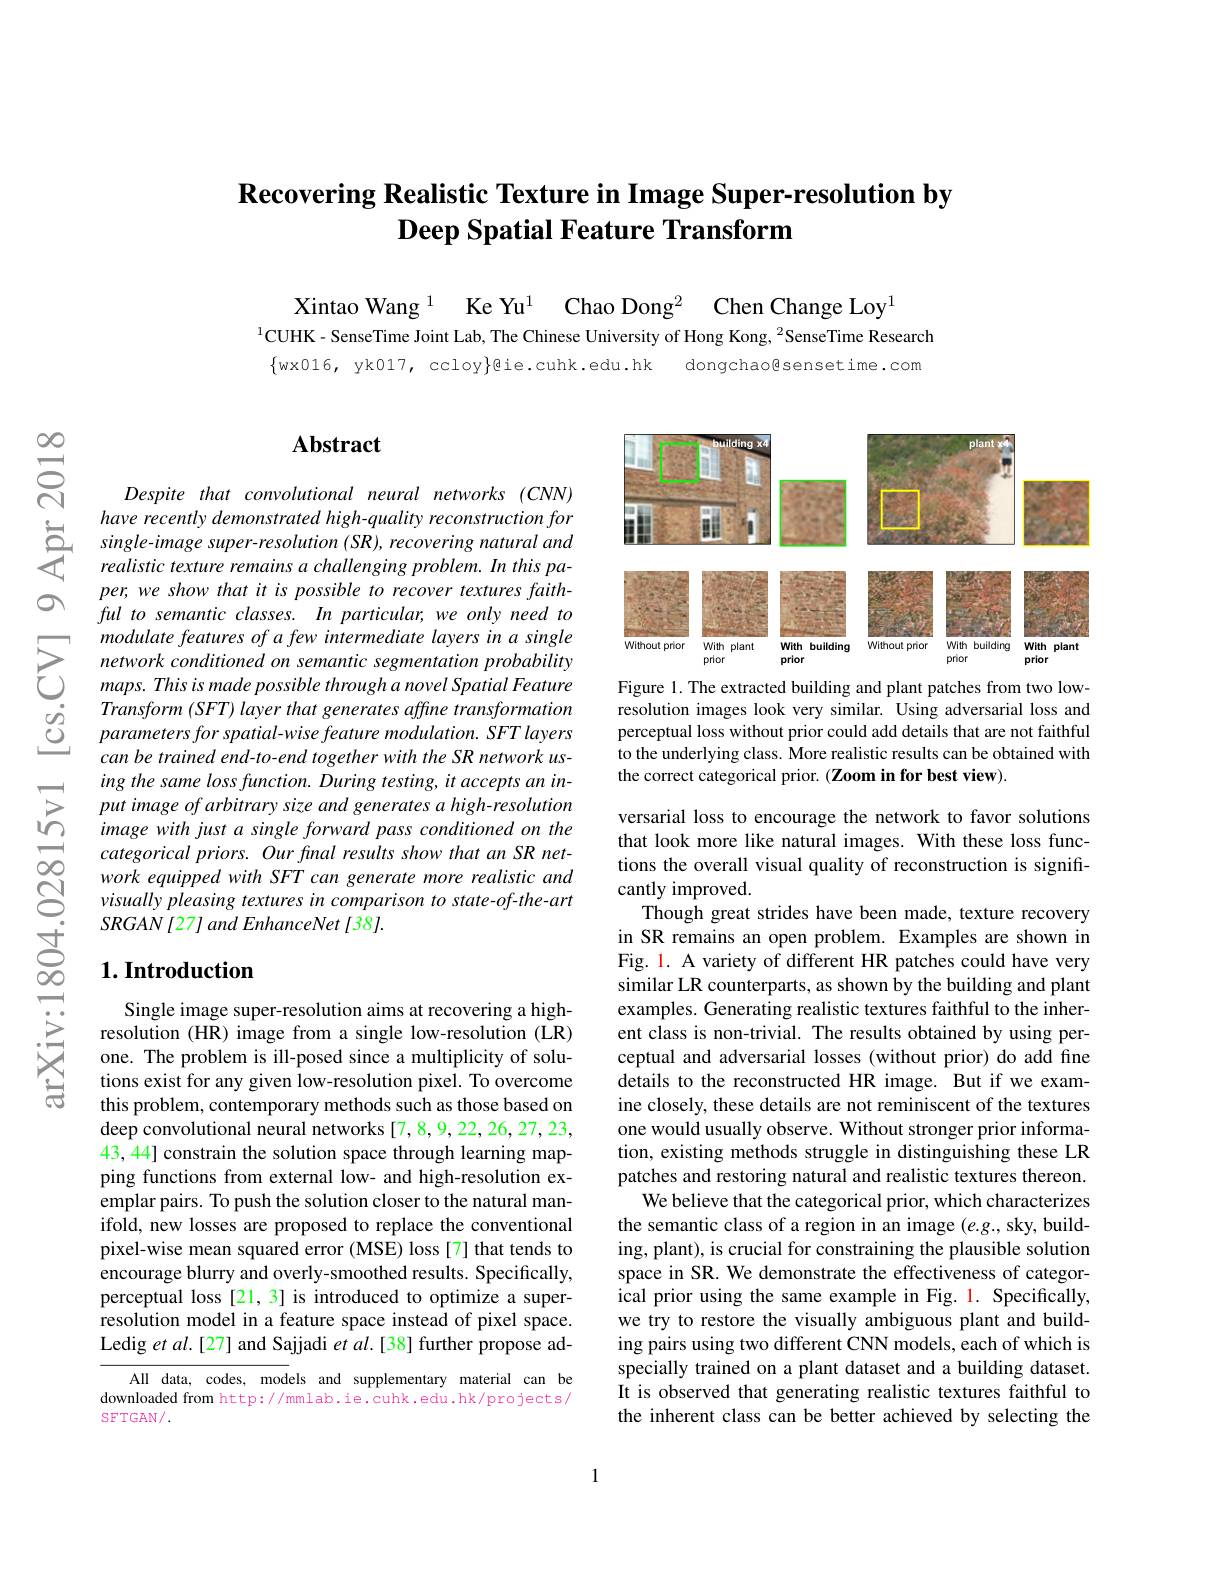
## $\textbf{Recovering Realistic Texture in Image Super- resolution by}$ $\textbf{Deep Spatial Feature Transform}$

Ke Yu$^{1}$ Chao Dong$^2$ Chen Change Loy$^{1}$
Xintao Wang 1
$^{1}\mathbf{CUHK}$- SenseTime Joint Lab, The Chinese University of Hong Kong, $^{2}$SenseTime Research
$\{$wx016, yk017, ccloy$\}$e.cuhk.edu.hk
dongchaogsensetime.com

$હ્રિં$

## $\mathbf{Abstract}$

Despite that convolutional neural networks (CNN) have recently demonstrated high-quality reconstruction for
$\sum_{realistic texture remains aper-resolution~(SR),~recovering~natural~and}\\=\sum_{realistic~texture~remains~a~challenging~problem.~In~this~pa-}$
per, we show that it is possible to recover textures faithful to semantic classes. In particular, we only need to modulate features of a few intermediate layers in a single network conditioned on semantic segmentation probability maps. This is made possible through a novel Spatial Feature Transform (SFT) layer that generates affine transformation parameters for spatial-wise feature modulation. SFT layers can be trained end-to-end together with the SR network using the same loss function. During testing, it accepts an input image of arbitrary size and generates a high-resolution image with just a single forward pass conditioned on the categorical priors. Our final results show that an SR network equipped with SFT can generate more realistic and visually pleasing textures in comparison to state-of-the-art $SRGAN[27]andEnhanceNet[38].$

# $1. \textbf{Introduction}$

Single image super-resolution aims at recovering a highresolution (HR) image from a single low-resolution (LR) one. The problem is ill-posed since a multiplicity of solutions exist for any given low-resolution pixel. To overcome this problem, contemporary methods such as those based on deep convolutional neural networks [7,8,9,22,26,27,23, 43, 44] constrain the solution space through learning mapping functions from external low- and high-resolution exemplar pairs. To push the solution closer to the natural manifold, new losses are proposed to replace the conventional pixel-wise mean squared error (MSE) loss[7] that tends to encourage blurry and overly-smoothed results. Specifically, perceptual loss [21,3] is introduced to optimize a super- $\hat{\text{resolution model in a feature space instead of pixel space.}}$ Ledig et $al.[27]$ and Sajjadi et al.[38] further propose ad-

All data, codes, models and supplementary material can be downloaded from http://mmlab.ie.cuhk.edu.hk/projects/ SFTGAN/.

<FigureHere>

Figure 1. The extracted building and plant patches from two lowresolution images look very similar. Using adversarial loss and perceptual loss without prior could add details that are not faithful to the underlying class. More realistic results can be obtained with the correct categorical prior. (Zoom in for best view).

versarial loss to encourage the network to favor solutions that look more like natural images. With these loss functions the overall visual quality of reconstruction is signifrcantly improved.
Though great strides have been made, texture recovery in SR remains an open problem. Examples are shown in Fig. 1. A variety of different HR patches could have very similar LR counterparts, as shown by the building and plant examples. Generating realistic textures faithful to the inherent class is non-trivial. The results obtained by using perceptual and adversarial losses (without prior) do add fine details to the reconstructed HR image. But if we examine closely, these details are not reminiscent of the textures one would usually observe. Without stronger prior information, existing methods struggle in distinguishing these LR patches and restoring natural and realistic textures thereon.
We believe that the categorical prior, which characterizes the semantic class of a region in an image $(e.g.$, sky, building, plant), is crucial for constraining the plausible solution space in SR. We demonstrate the effectiveness of categorical prior using the same example in Fig. 1. Specifically, we try to restore the visually ambiguous plant and building pairs using two different CNN models, each of which is specially trained on a plant dataset and a building dataset. It is observed that generating realistic textures faithful to the inherent class can be better achieved by selecting the